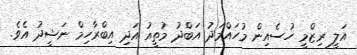
އަލީ ރިޒްމީ ހުސެއިން މުހައްމަދު އަބްދު މުތީއު އަދި އިބްރާހިމް ނަޝީދު އެވެ.